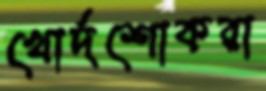
খোর্দশোকরা